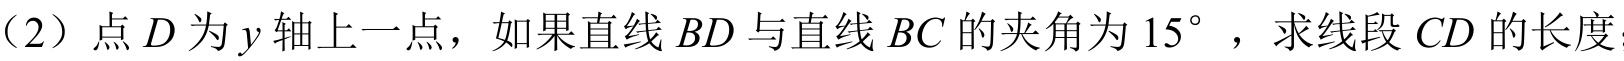
（2）点$D$为$y$轴上一点，如果直线$BD$与直线$BC$的夹角为$15^{\circ}$，求线段$CD$的长度．